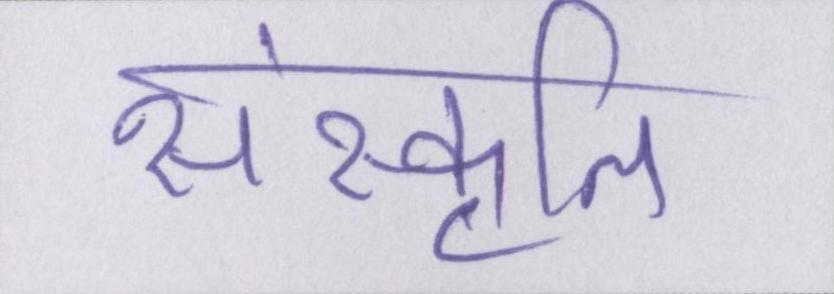
संस्कॄति